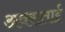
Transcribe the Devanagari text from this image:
अवसताई